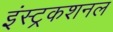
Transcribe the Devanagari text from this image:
इंस्ट्रकशनल